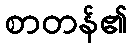
စာတန်၏